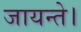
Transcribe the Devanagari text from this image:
जायन्ते।